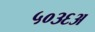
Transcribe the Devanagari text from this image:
५०३६अ